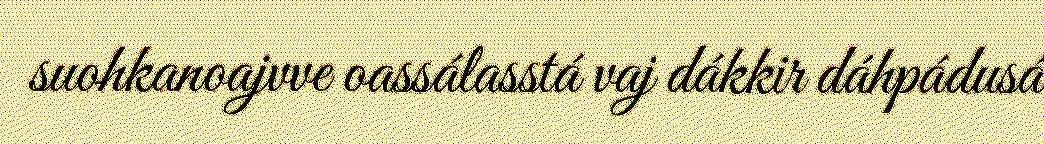
suohkanoajvve oassálasstá vaj dákkir dáhpádusá